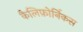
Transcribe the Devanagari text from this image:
कैलिफ़ोर्निकस